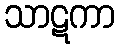
သာဋကာ